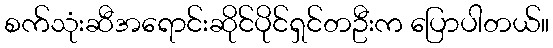
စက်သုံးဆီအရောင်းဆိုင်ပိုင်ရှင်တဦးက ပြောပါတယ်။